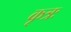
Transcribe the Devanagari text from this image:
कृत्रः